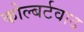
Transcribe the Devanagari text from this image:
कोल्बर्टवाद